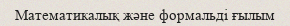
Математикалық және формальді ғылым